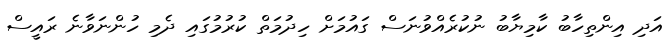
އަދި އިންތިހާބު ކާމިޔާބު ނުކުރެއްވުނަސް ގައުމަށް ހިދުމަތް ކުރުމުގައި ދެމި ހުންނަވާނެ ރައީސް